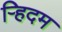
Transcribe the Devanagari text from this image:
र्‍हिदम